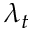
\lambda _ { t }